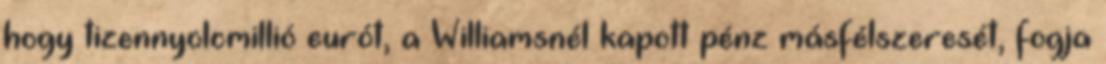
hogy tizennyolcmillió eurót, a Williamsnél kapott pénz másfélszeresét, fogja